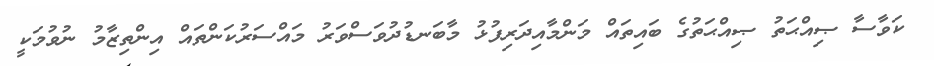
ކަވާސާ ޞިއްޙަތު ޞިއްޙަތުގެ ބައިތައް މަންމާއިދަރިފުޅު މާބަނޑުދުވަސްވަރު މައްސަރުކަންތައް އިންތިޒާމު ނުވުމަކީ